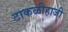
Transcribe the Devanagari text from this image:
टाकळीहाजी